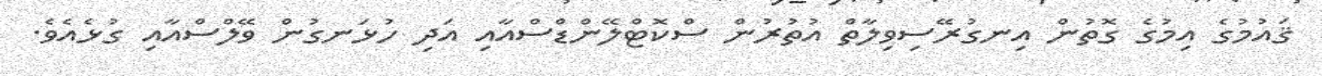
ޤައުމުގެ އިމުގެ ގޮތުން އިނގުރޭސިވިލާތް އުތުރުން ސްކޮޓްލޭންޑްސްއާއި އަދި ހުޅަނގުން ވޭލްސްއާއި ގުޅެއެވެ.